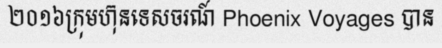
២០១៦ក្រុមហ៊ុនទេសចរណ៍ Phoenix Voyages បាន